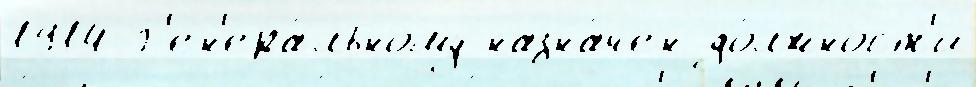
1914 Г'ен'ера́льному назна́чен до́лжност'и